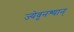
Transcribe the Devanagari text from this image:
ज्येवूनश्यान्